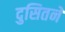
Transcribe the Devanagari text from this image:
दुसितने